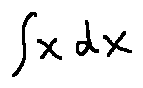
\int x d x